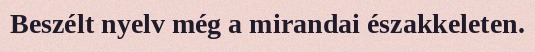
Beszélt nyelv még a mirandai északkeleten.